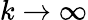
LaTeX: k\rightarrow\infty